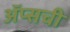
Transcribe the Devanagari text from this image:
ॲप्सची